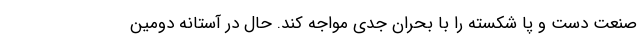
صنعت دست و پا شکسته را با بحران جدی مواجه کند. حال در آستانه دومین